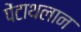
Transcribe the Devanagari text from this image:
पेंटाथलान